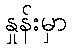
နှုန်းမှာ